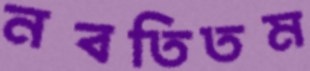
নবতিতম